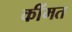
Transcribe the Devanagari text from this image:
कींमत